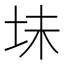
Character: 𫭥